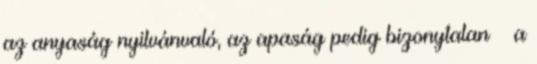
az anyaság nyilvánvaló, az apaság pedig bizonytalan – a